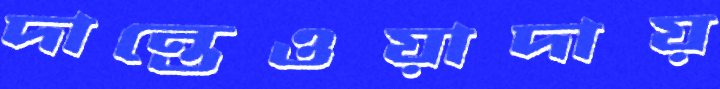
দান্তেওয়াদায়